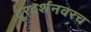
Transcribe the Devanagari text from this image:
दूरदर्शनवरच